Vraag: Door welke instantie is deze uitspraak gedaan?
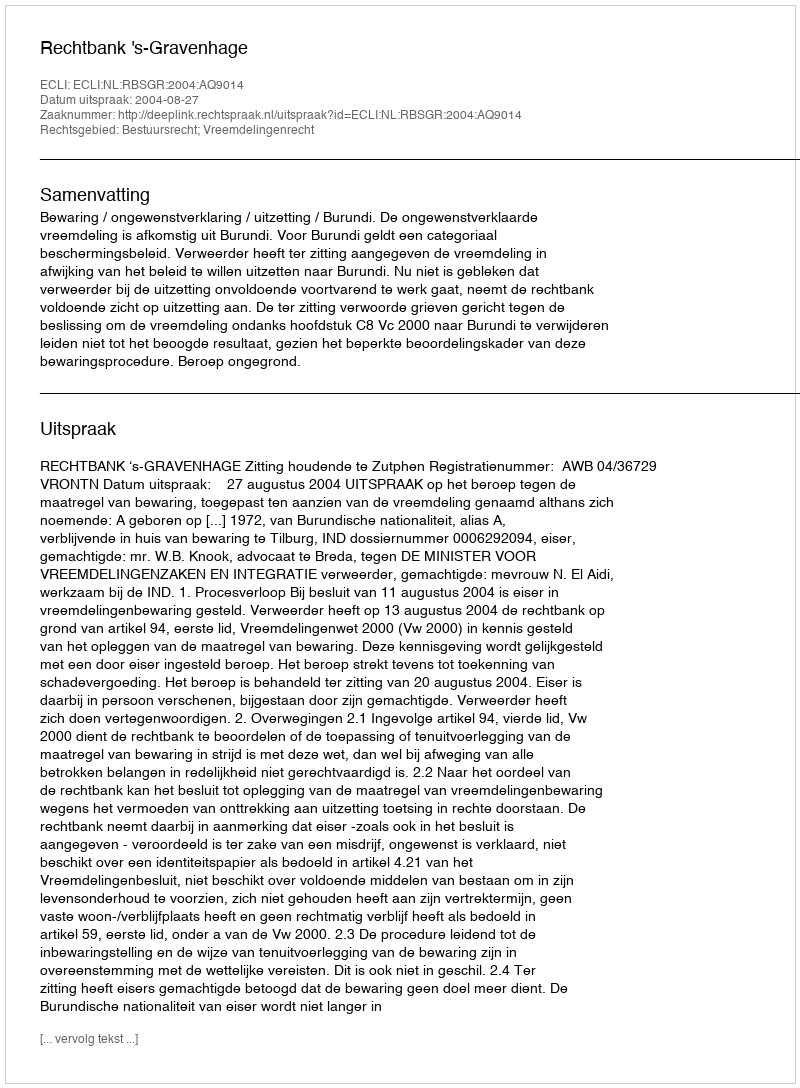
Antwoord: Rechtbank 's-Gravenhage